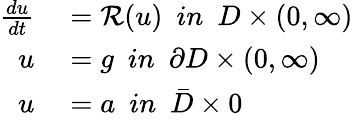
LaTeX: \begin{array}{rl}{\frac{du}{dt}}&{{}=\mathcal{R}(u)~~in~~D\times(0,\infty)}\\ {u}&{{}=g~~in~~\partial D\times(0,\infty)}\\ {u}&{{}=a~~in~~\bar{D}\times{0}}\end{array}